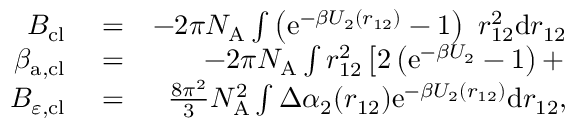
\begin{array} { r l r } { B _ { \mathrm { c l } } } & { { } = } & { - 2 \pi N _ { \mathrm { A } } \int \left( \mathrm { e } ^ { - \beta U _ { 2 } ( r _ { 1 2 } ) } - 1 \right) ~ r _ { 1 2 } ^ { 2 } \mathrm { d } r _ { 1 2 } } \\ { \beta _ { \mathrm { a , c l } } } & { { } = } & { - 2 \pi N _ { \mathrm { A } } \int r _ { 1 2 } ^ { 2 } \left[ 2 \left( \mathrm { e } ^ { - \beta U _ { 2 } } - 1 \right) + \right. } \\ { B _ { \varepsilon , \mathrm { c l } } } & { { } = } & { \frac { 8 \pi ^ { 2 } } { 3 } N _ { \mathrm { A } } ^ { 2 } \int \Delta \alpha _ { 2 } ( r _ { 1 2 } ) \mathrm { e } ^ { - \beta U _ { 2 } ( r _ { 1 2 } ) } \mathrm { d } r _ { 1 2 } , } \end{array}